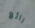
رائع